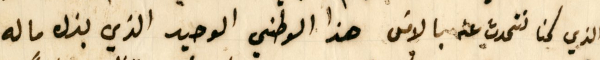
الذي كنا نتحدث عنه بالامسَ هذا الوطني الوحيد الذي بذل ماله